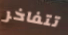
تتفاخر